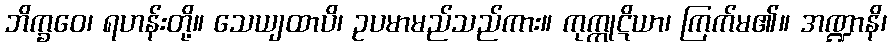
ဘိက္ခဝေ၊ ရဟန်းတို့။ သေယျထာပိ၊ ဥပမာမည်သည်ကား။ ကုက္ကုဋိယာ၊ ကြက်မ၏။ အဏ္ဍာနိ၊